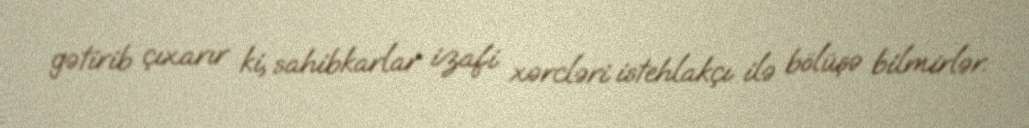
gətirib çıxarır ki, sahibkarlar izafi xərcləri istehlakçı ilə bölüşə bilmirlər.